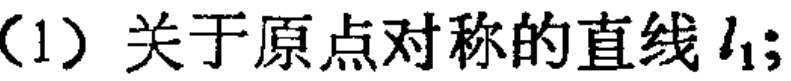
（1）关于原点对称的直线\(l_{1}\)；